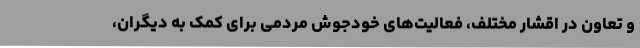
و تعاون در اقشار مختلف، فعالیت‌های خودجوش مردمی برای کمک به دیگران،